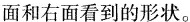
面和右面看到的形状。